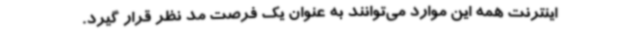
اینترنت همه این موارد می‌توانند به عنوان یک فرصت مد نظر قرار گیرد.